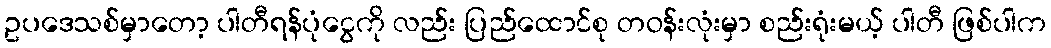
ဥပဒေသစ်မှာတော့ ပါတီရန်ပုံငွေကို လည်း ပြည်ထောင်စု တဝန်းလုံးမှာ စည်းရုံးမယ့် ပါတီ ဖြစ်ပါက